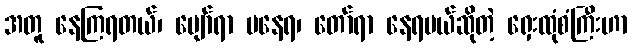
အတူ နေကြရတယ်၊ ပျော်ရာ မနေရ၊ တော်ရာ နေရမယ်ဆိုတဲ့ ရှေးထုံစံကြီးဟာ